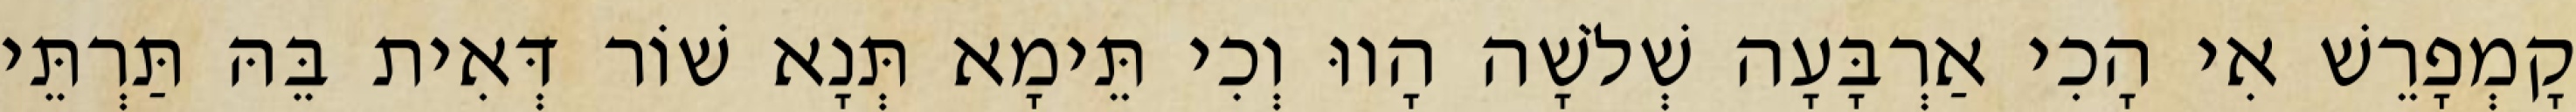
קָמְפָרֵשׁ אִי הָכִי אַרְבָּעָה שְׁלֹשָׁה הָווּ וְכִי תֵּימָא תְּנָא שׁוֹר דְּאִית בֵּהּ תַּרְתֵּי